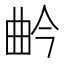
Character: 𭨛